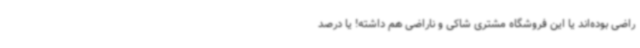
راضی بوده‌اند یا این فروشگاه مشتری شاکی و ناراضی هم داشته! یا درصد